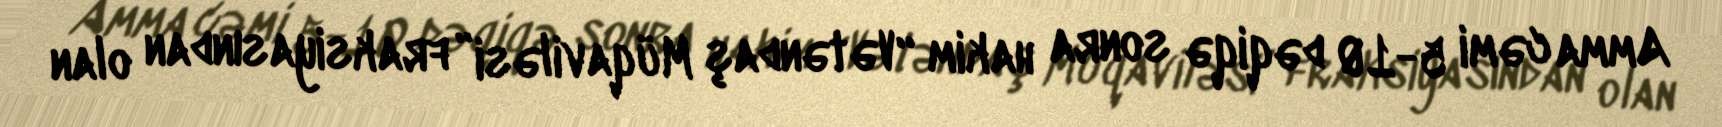
Amma cəmi 5-10 dəqiqə sonra hakim “Vətəndaş Müqaviləsi” fraksiyasından olan